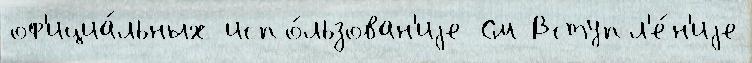
оф'ициа́льных испо́льзован'иjе См Вступл'е́н'иjе